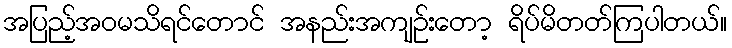
အပြည့်အဝမသိရင်တောင် အနည်းအကျဉ်းတော့ ရိပ်မိတတ်ကြပါတယ်။